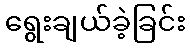
ရွေးချယ်ခဲ့ခြင်း